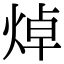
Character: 焯